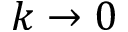
k \rightarrow 0